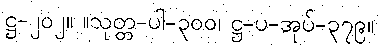
ဋ္ဌ-၂၀၂။ ။သုတ္တ-ပါ-၃၀၀၊ ဋ္ဌ-ပ-အုပ်-၃၇၉။